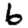
Digit: 6